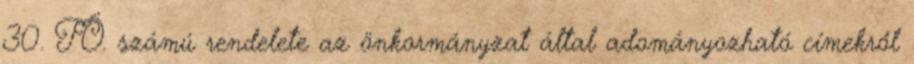
30. TÖ. számú rendelete az önkormányzat által adományozható címekről